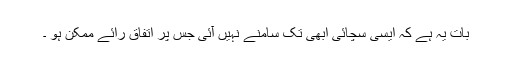
بات یہ ہے کہ ایسی سچائی ابھی تک سامنے نہیں آئی جس پر اتفاق رائے ممکن ہو ۔